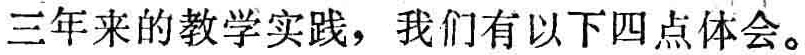
三年来的教学实践，我们有以下四点体会。